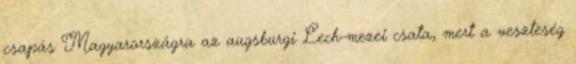
csapás Magyarországra az augsburgi Lech-mezei csata, mert a veszteség